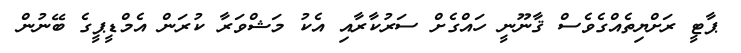
ޕާޓީ ރަށްޔިތެއްގެވެސް ޤާނޫނީ ހައްގެށް ސަރުކާރާއި އެކު މަޝްވަރާ ކުރަން އެމްޑީޕީގެ ބޭނުން